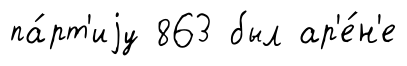
па́рт'иjу 863 был ар'е́н'е